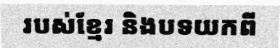
របស់ខ្មែរ និងបទយកពី